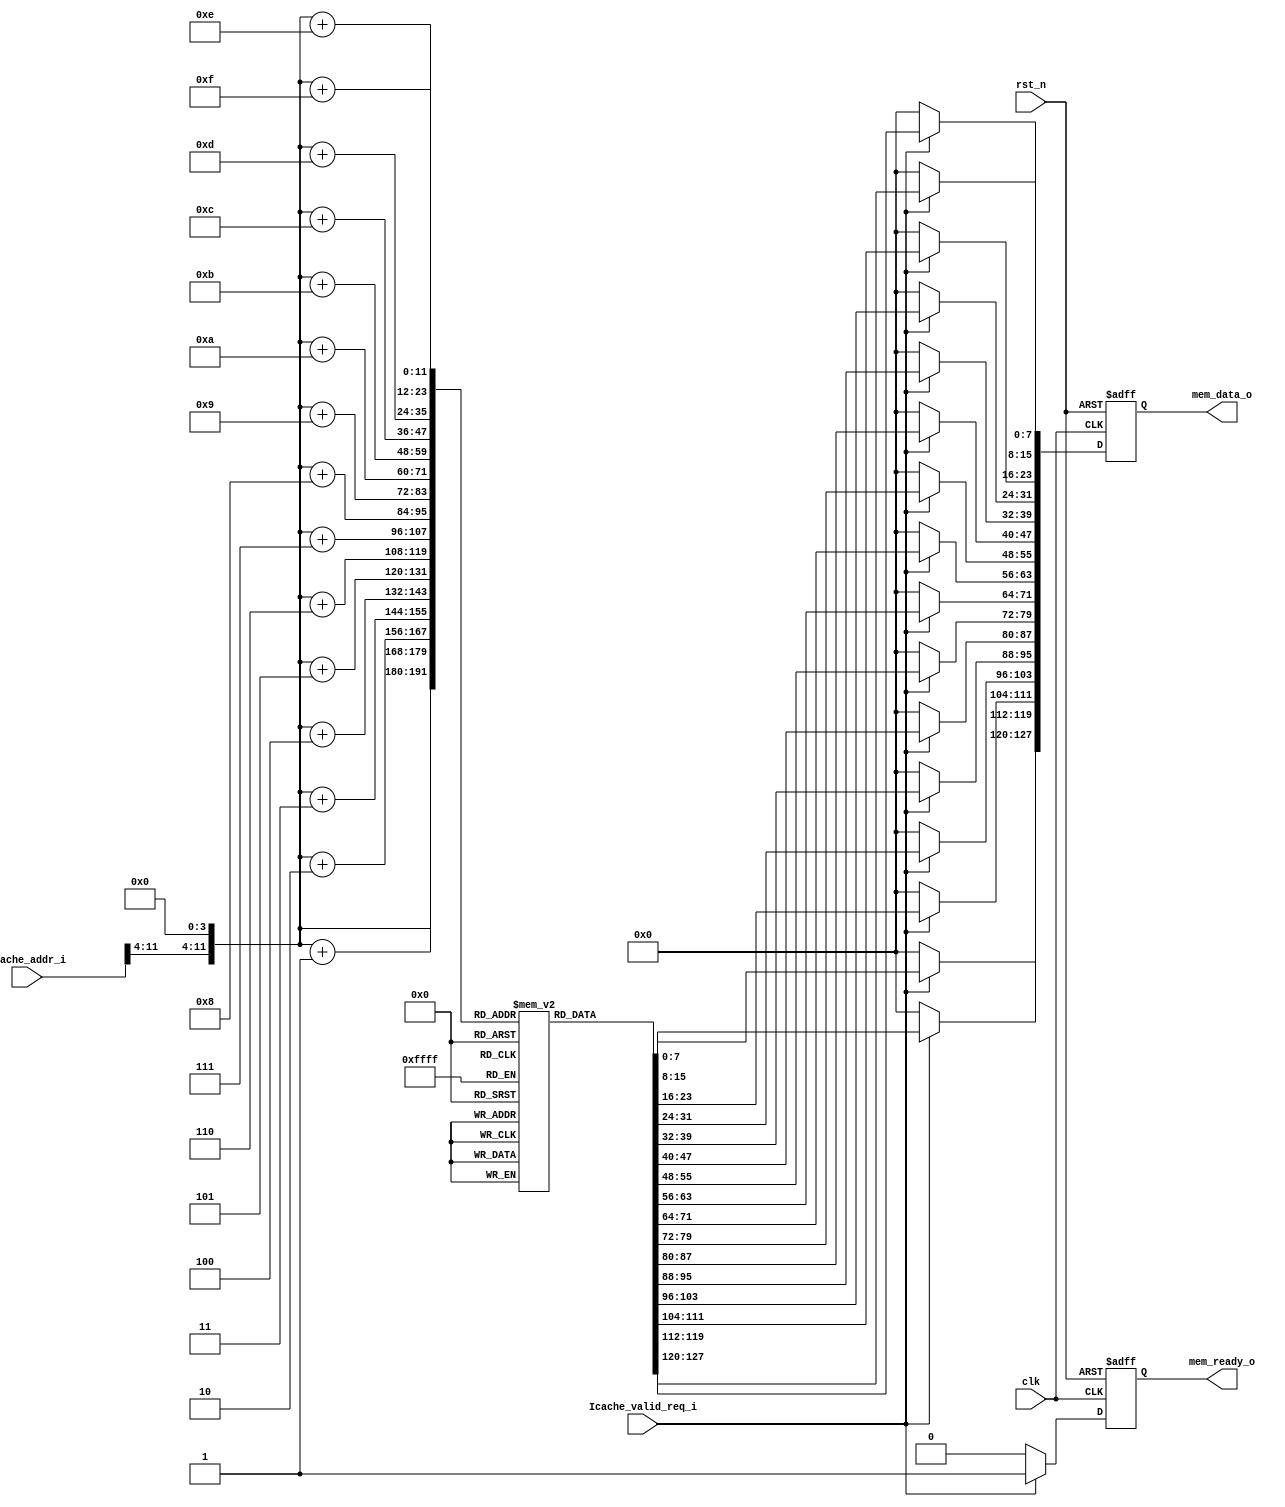
module rom (
    input   wire                    clk,
    input   wire                    rst_n,
    //from Icache
    input   wire            [31:0]  Icache_addr_i,
    input   wire                    Icache_valid_req_i,
    //to Icache
    output  reg             [127:0] mem_data_o,
    output  reg                     mem_ready_o  
);


    reg [7:0]  rom_mem[0:4095];

    wire [31:0] base_addr = {Icache_addr_i[31:4],{4{1'b0}}};

    always @(posedge clk or negedge rst_n) begin
        if(rst_n == 1'b0)begin
            mem_data_o <= 128'h0;
            mem_ready_o <= 1'b0;
        end 
        else if(Icache_valid_req_i == 1'b1) begin
            mem_data_o[7:0]     <= rom_mem[base_addr];
            mem_data_o[15:8]    <= rom_mem[base_addr+1];
            mem_data_o[23:16]   <= rom_mem[base_addr+2];
            mem_data_o[31:24]   <= rom_mem[base_addr+3];
            mem_data_o[39:32]   <= rom_mem[base_addr+4];
            mem_data_o[47:40]   <= rom_mem[base_addr+5];
            mem_data_o[55:48]   <= rom_mem[base_addr+6];
            mem_data_o[63:56]   <= rom_mem[base_addr+7];
            mem_data_o[71:64]   <= rom_mem[base_addr+8];
            mem_data_o[79:72]   <= rom_mem[base_addr+9];
            mem_data_o[87:80]   <= rom_mem[base_addr+10];
            mem_data_o[95:88]   <= rom_mem[base_addr+11];
            mem_data_o[103:96]  <= rom_mem[base_addr+12];
            mem_data_o[111:104] <= rom_mem[base_addr+13];
            mem_data_o[119:112] <= rom_mem[base_addr+14];
            mem_data_o[127:120] <= rom_mem[base_addr+15];

            mem_ready_o <= 1'b1;
        end
        else begin
            mem_data_o <= 128'h0;
            mem_ready_o <= 1'b0;
        end
    end


endmodule